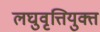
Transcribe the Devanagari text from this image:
लघुवृत्तियुक्त